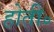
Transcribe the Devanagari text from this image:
होती॰